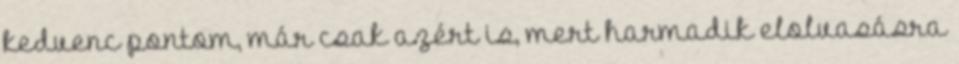
kedvenc pontom, már csak azért is, mert harmadik elolvasásra